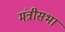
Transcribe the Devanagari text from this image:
मंत्रीसभा